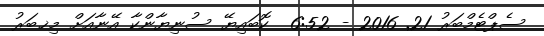
ސެޕްޓެމްބަރު 21